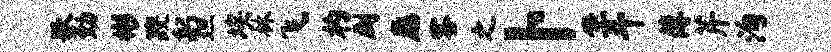
歌勤彬躞躬坦埃林飞杓劂愿客之卜坐斗薄芹洵